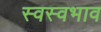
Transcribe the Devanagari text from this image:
स्वस्वभाव